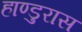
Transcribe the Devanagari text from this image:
हाण्डुरास